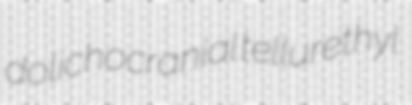
dolichocranial tellurethyl